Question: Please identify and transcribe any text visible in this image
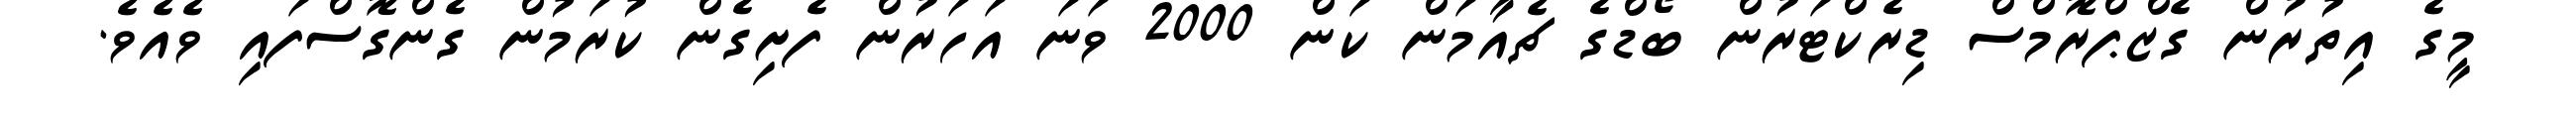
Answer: މީގެ އިތުރުން ގެޒްޕްރޮމްސް ޑިރެކްޓަރުން ބޯޑްގެ ޗެއާމަން ކަން 2000 ވަނަ އަހަރުން ފެށިގެން ކުރަމުން ގެންގޮސްފައި ވެއެވެ.